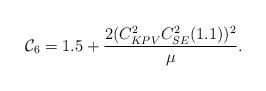
LaTeX: \begin{align*}\mathcal{C}_6=1.5+\frac{2(C_{KPV}^2C_{SE}^2(1.1))^2}{\mu}.\end{align*}